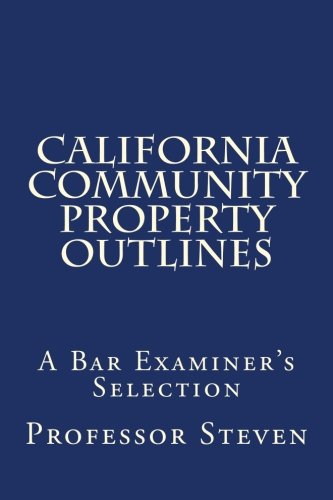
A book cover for California Community Property Outlines: A Professor Steven book    No more law school tears; Professor Steven; Test Preparation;